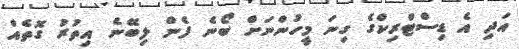
އަދި އެ ޑިސްޓްރިކްގެ ގިނަ މީހުންނަށް ބޯނެ ފެން ލިބޭނެ އިތުރު ގޮތެއް